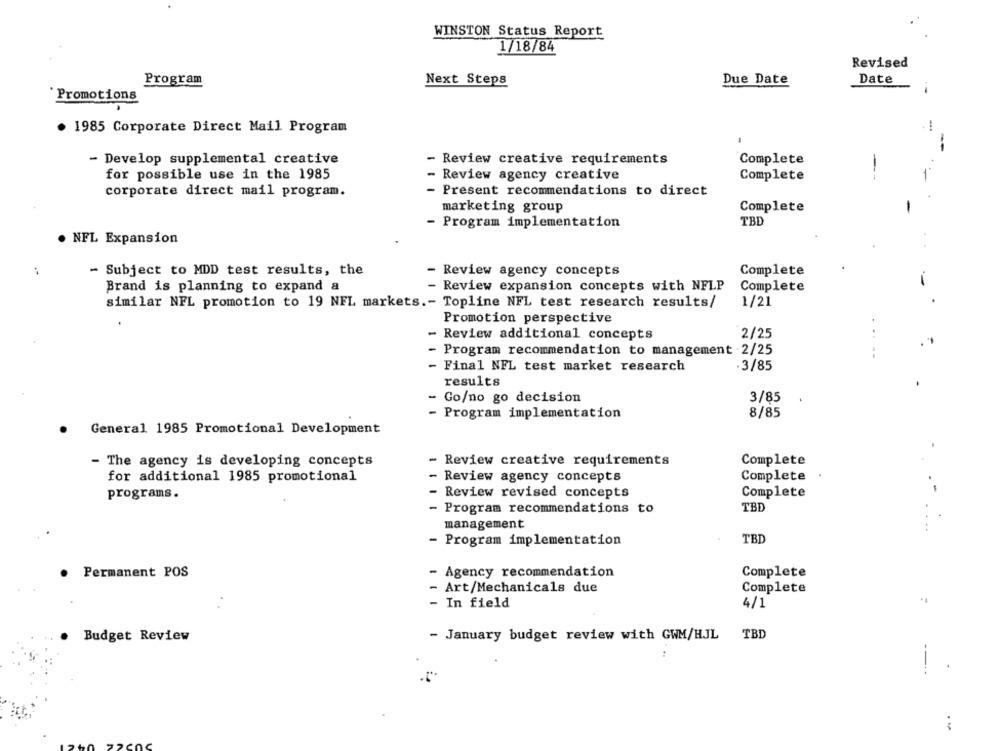
WINSTON Status Report
1/18/84
Revised
Program
Next Steps
Due Date
Date
`Promotions
. 1985 Corporate Direct Mail Program
- Develop supplemental creative
- Review creative requirements
Complete
for possible use in the 1985
- Review agency creative
Complete
corporate direct mail program.
- Present recommendations to direct
marketing group
Complete
- Program implementation
TBD
NFL Expansion
Complete
- Subject to MDD test results, the
- Review agency concepts
Brand is planning to expand a
- Review expansion concepts with NFLP
Complete
-
similar NFL promotion to 19 NFL markets .- Topline NFL test research results/
1/21
Promotion perspective
- Review additional concepts
2/25
- Program recommendation to management .2/25
- Final NFL test market research
3/85
results
- Go/no go decision
3/85
8/85
- Program implementation
General 1985 Promotional Development
- The agency is developing concepts
- Review creative requirements
Complete
for additional 1985 promotional
- Review agency concepts
Complete
programs.
- Review revised concepts
Complete
- Program recommendations to
TBD
management
- Program implementation
TBI
· Permanent POS
- Agency recommendation
Complete
- Art/Mechanicals due
Complete
- In field
4/1
Budget Review
- January budget review with GWM/HJL TBD
--..